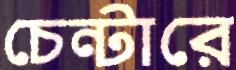
চেন্টারে